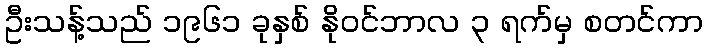
ဦးသန့်သည် ၁၉၆၁ ခုနှစ် နိုဝင်ဘာလ ၃ ရက်မှ စတင်ကာ